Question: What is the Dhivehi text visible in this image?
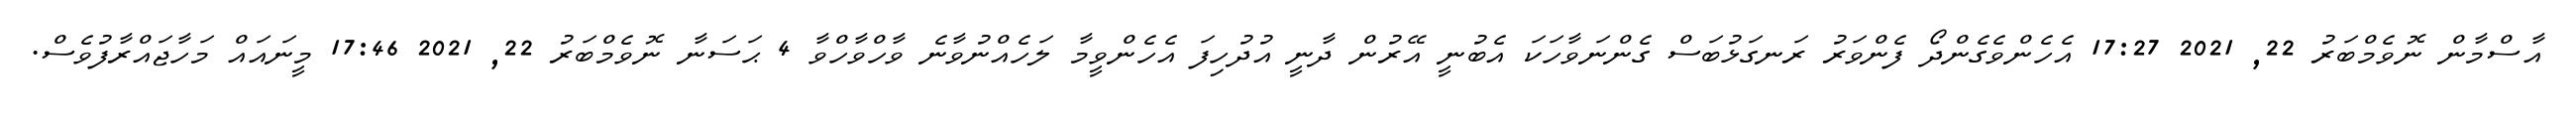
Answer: އާސްމާން ނޮވެމްބަރު 22, 2021 17:27 އެހެންވެގެންދޯ ފެންވަރު ރަނގަޅުބަސް ގެންނަވާހަކަ އެބުނީ އޭރުން ދާނީ އުދުހިފަ އެހެންވީމާ ލަހެއްނުވާނެ ވާހްވާހްވާ 4 ޙަސަނާ ނޮވެމްބަރު 22, 2021 17:46 މީނައައް މަހާޖައްރާފުވެސް.